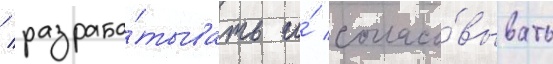
/ разраба́тывать и́ согласо́вывать